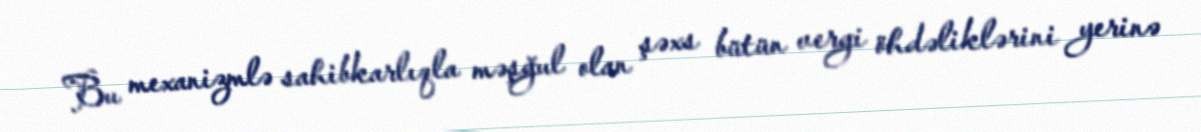
Bu mexanizmlə sahibkarlıqla məşğul olan şəxs bütün vergi öhdəliklərini yerinə